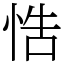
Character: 悎